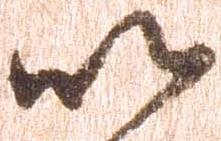
以